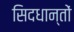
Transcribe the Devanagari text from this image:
सिदधान्‍तों